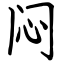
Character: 闷